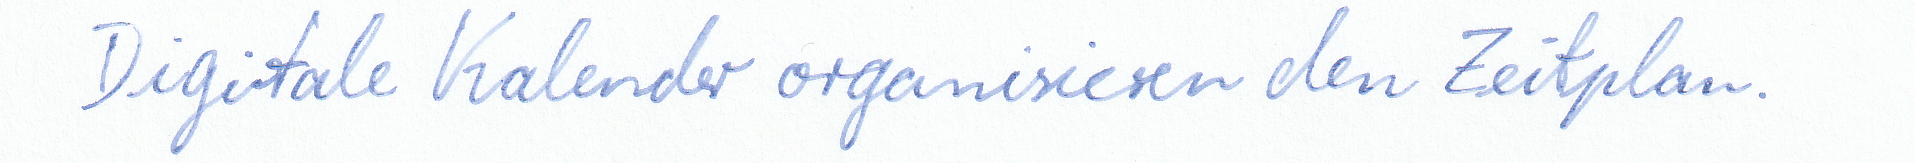
Digitale Kalender organisieren den Zeitplan.